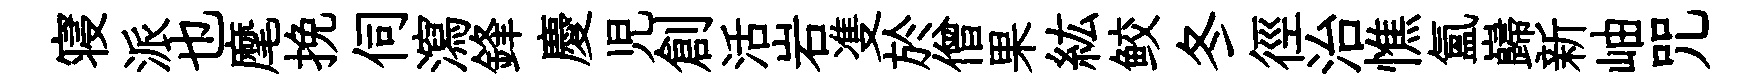
寝派也麾挽伺瀉鋒慶児創活岩㕠於僧果紘鲛冬徑治憔氲巋新岫咒